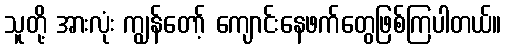
သူတို့ အားလုံး ကျွန်တော့် ကျောင်းနေဖက်တွေဖြစ်ကြပါတယ်။